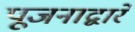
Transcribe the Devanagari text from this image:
पूजनाद्वारे